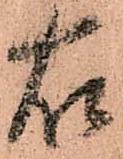
右